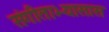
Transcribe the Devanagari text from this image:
संगीताभ्यासास